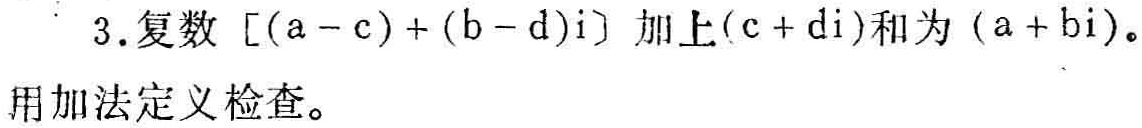
3. 复数 \([(a - c)+(b - d)i]\) 加上 \((c + di)\) 和为 \((a + bi)\)。
用加法定义检查。